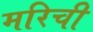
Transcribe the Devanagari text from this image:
मरिची